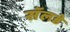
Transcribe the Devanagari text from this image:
सॅलडे